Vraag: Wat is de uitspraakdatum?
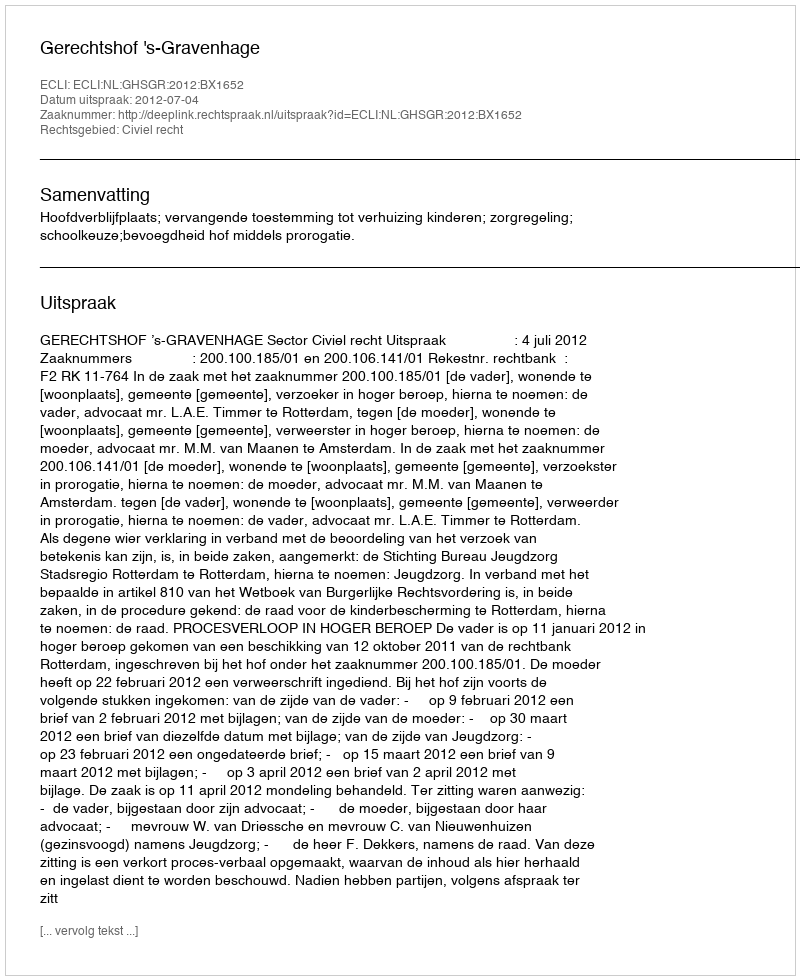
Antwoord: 2012-07-04